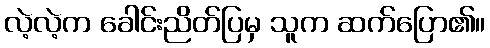
လဲ့လဲ့က ခေါင်းညိတ်ပြမှ သူက ဆက်ပြော၏။